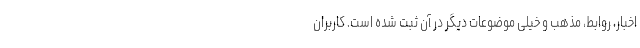
اخبار، روابط، مذهب و خیلی موضوعات دیگر در آن ثبت شده است. کاربران